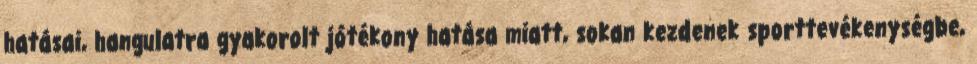
hatásai, hangulatra gyakorolt jótékony hatása miatt, sokan kezdenek sporttevékenységbe,